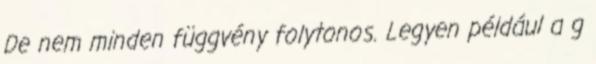
De nem minden függvény folytonos. Legyen például a g